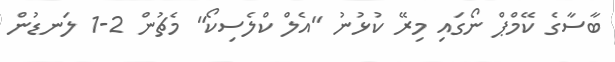
ބާސާގެ ކޭމްޕް ނޯގައި މިރޭ ކުޅުނު "އެލް ކްލެސިކޯ" މެޗުން 2-1 ލަނޑުން